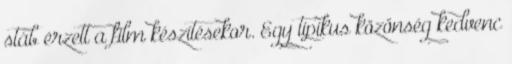
stáb érzett a film készítésekor. Egy tipikus közönség kedvenc